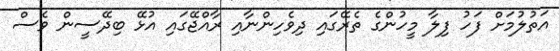
އަތުލުމަށް ފަހު ފިލާ މީހުންގެ ތެރޭގައި ދިވެހިންނާއި ރާއްޖޭގައި އުޅޭ ބިދޭސީން ވެސް